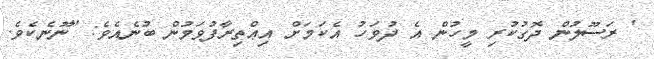
' ރަސޫލުން ދޮގުކުރި މީހުން އެ ދުވަހު އެކަމަށް އިޢްތިރާފުވަމުން ބުނެއެވެ: ''ނޫނެކެވެ.